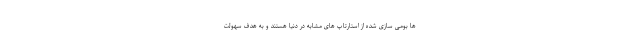
ها بومی سازی شده از استارتاپ های مشابه در دنیا هستند و به هدف سهولت